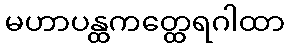
မဟာပန္ထကတ္ထေရဂါထာ